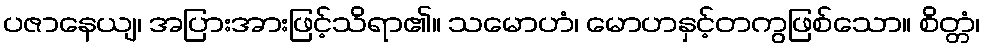
ပဇာနေယျ၊ အပြားအားဖြင့်သိရာ၏။ သမောဟံ၊ မောဟနှင့်တကွဖြစ်သော။ စိတ္တံ၊